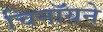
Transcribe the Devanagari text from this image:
चिनॉयने